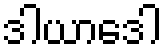
ဒါယာဒေါ